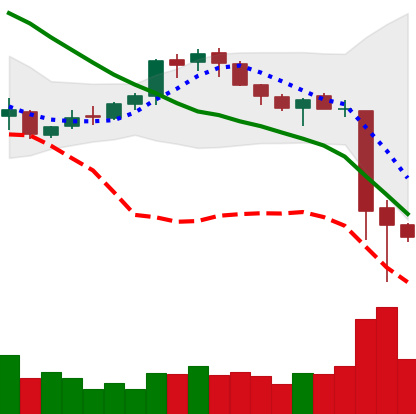
Ticker: XMR-USD
Chart end date: 2018-11-16
Forward return: -20.806%
Label: down_7plus